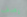
يصف